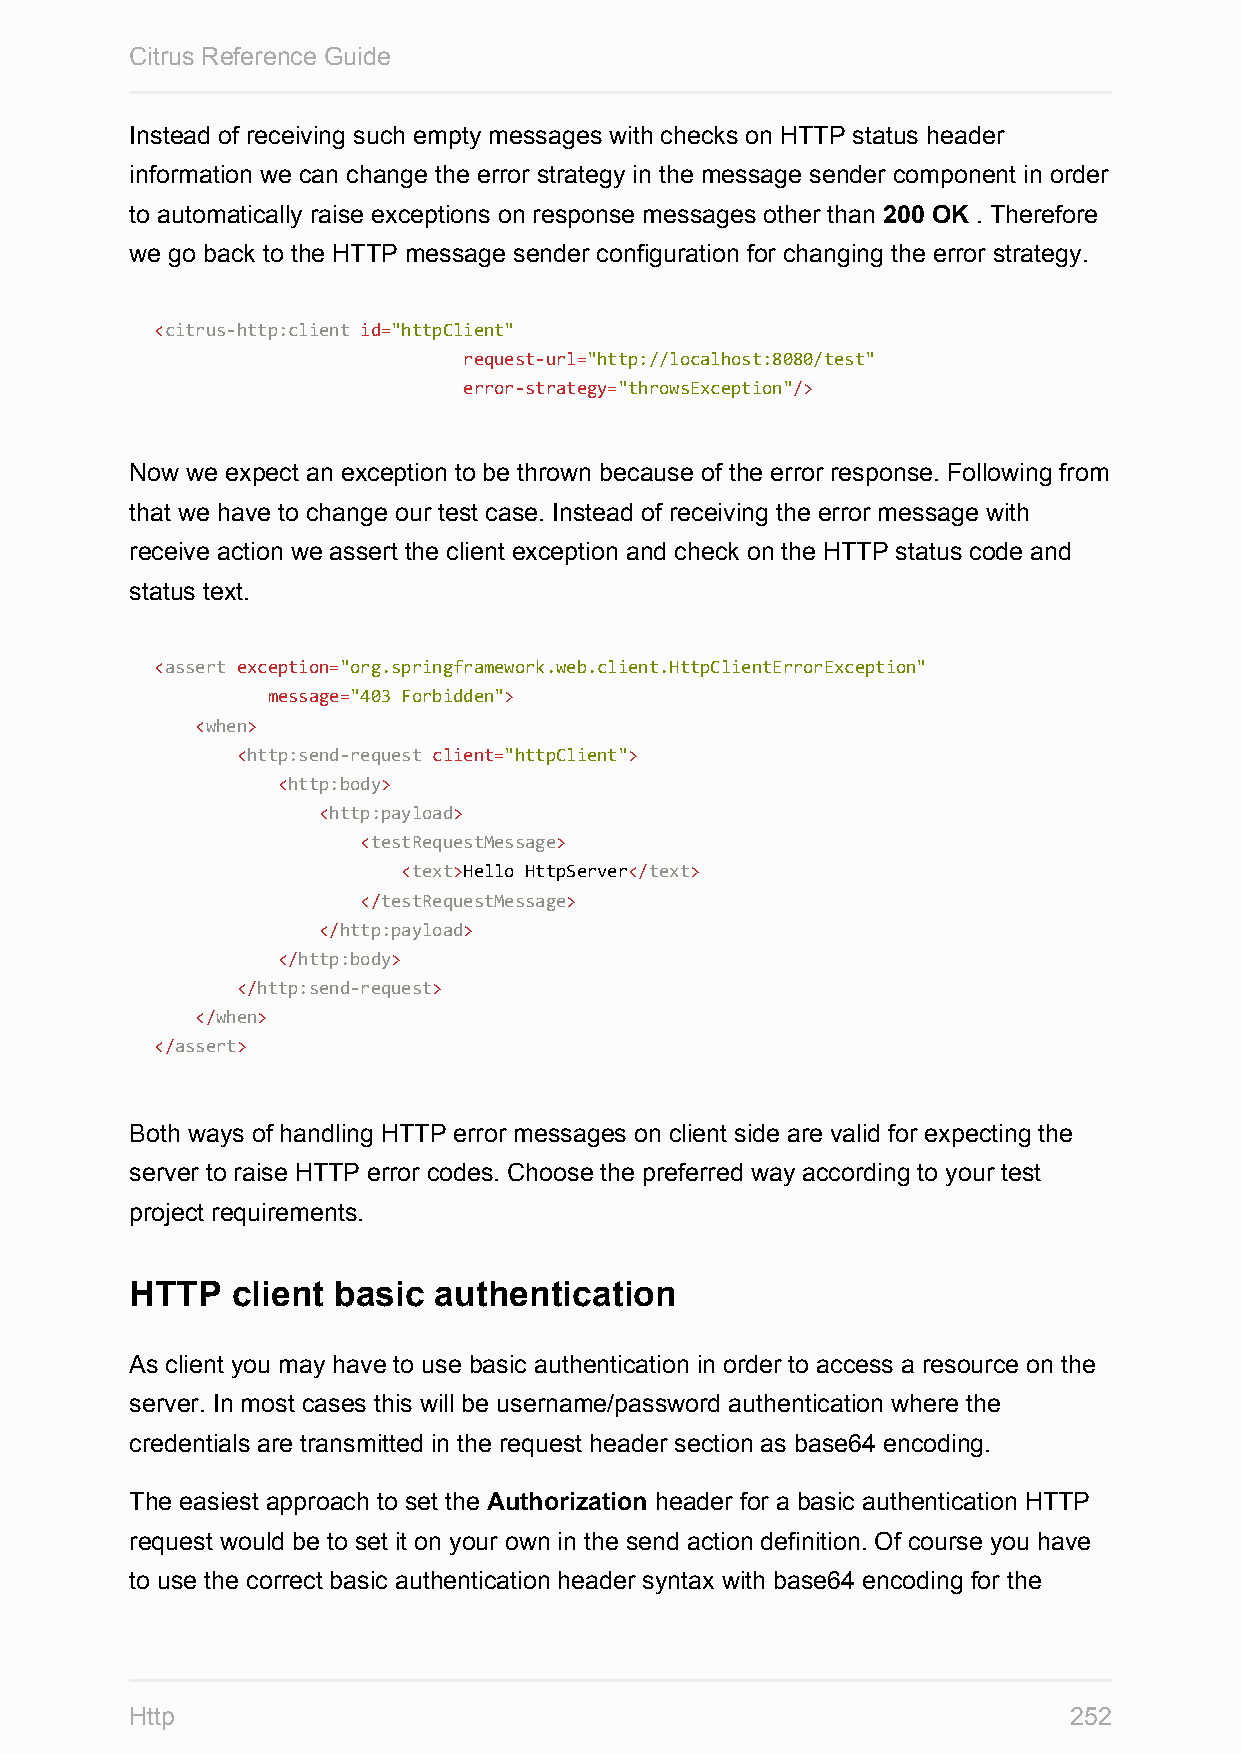
Citrus Reference Guide
 Instead of receiving such empty messages with checks on HTTP status header
 information we can change the error strategy in the message sender component in order
 to automatically raise exceptions on response messages other than 200 OK . Therefore
 we go back to the HTTP message sender configuration for changing the error strategy.
 <citrus-http:client id="httpClient"
 request-url="http://localhost:8080/test"
 error-strategy="throwsException"/>
 Now we expect an exception to be thrown because of the error response. Following from
 that we have to change our test case. Instead of receiving the error message with
 receive action we assert the client exception and check on the HTTP status code and
 status text.
 <assert exception="org.springframework.web.client.HttpClientErrorException"
 message="403 Forbidden">
 <when>
 <http:send-request client="httpClient">
 <http:body>
 <http:payload>
 <testRequestMessage>
 <text>Hello HttpServer</text>
 </testRequestMessage>
 </http:payload>
 </http:body>
 </http:send-request>
 </when>
 </assert>
 Both ways of handling HTTP error messages on client side are valid for expecting the
 server to raise HTTP error codes. Choose the preferred way according to your test
 project requirements.
 HTTP  client basic  authentication
 As client you may have to use basic authentication in order to access a resource on the
 server. In most cases this will be username/password authentication where the
 credentials are transmitted in the request header section as base64 encoding.
 The easiest approach to set the Authorization header for a basic authentication HTTP
 request would be to set it on your own in the send action definition. Of course you have
 to use the correct basic authentication header syntax with base64 encoding for the
 Http                                                          252